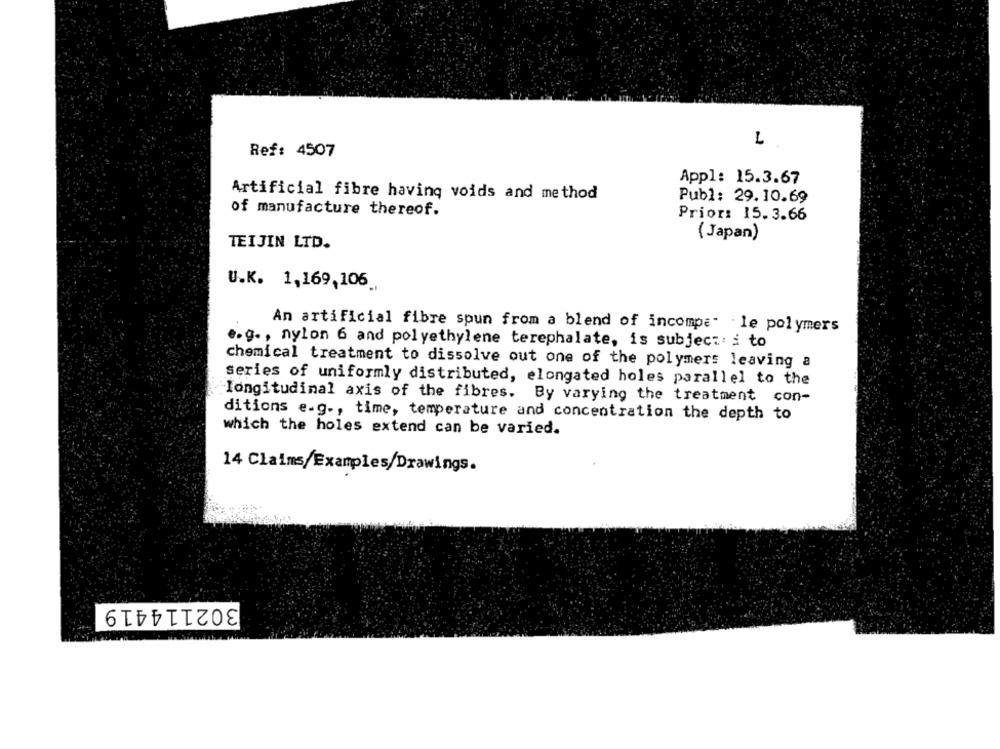
L
Ref: 4507
Appl: 15.3.67
Artificial fibre having voids and method
Publ: 29.10.69
of manufacture thereof.
Prior: 15.3.66
( Japan)
TEIJIN LTD.
U.K. 1,169,106_
An artificial fibre spun from a blend of incompe" . le polymers
e.g ., nylon 6 and polyethylene terephalate, is subject' s to
chemical treatment to dissolve out one of the polymers leaving a
series of uniformly distributed, elongated holes parallel to the
longitudinal axis of the fibres. By varying the treatment con-
ditions e-g ., time, temperature and concentration the depth to
which the holes extend can be varied.
14 Claims/Examples/Drawings.
302114419